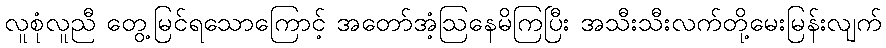
လူစုံလူညီ တွေ့မြင်ရသောကြောင့် အတော်အံ့ဩနေမိကြပြီး အသီးသီးလက်တို့မေးမြန်းလျက်